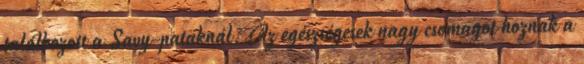
találkozott a Savy-pataknál. Az egészségesek nagy csomagot hoznak a